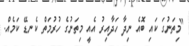
"މިތަނުގަ ކައި ބޮއެ ނިދާ ހަދާއިރު އެއީ މިތަނުގެ ހުރުމަތް ކެނޑޭ ކަމެއް.